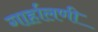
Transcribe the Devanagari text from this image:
गार्हालणी